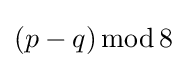
(p-q)\operatorname {mod} 8